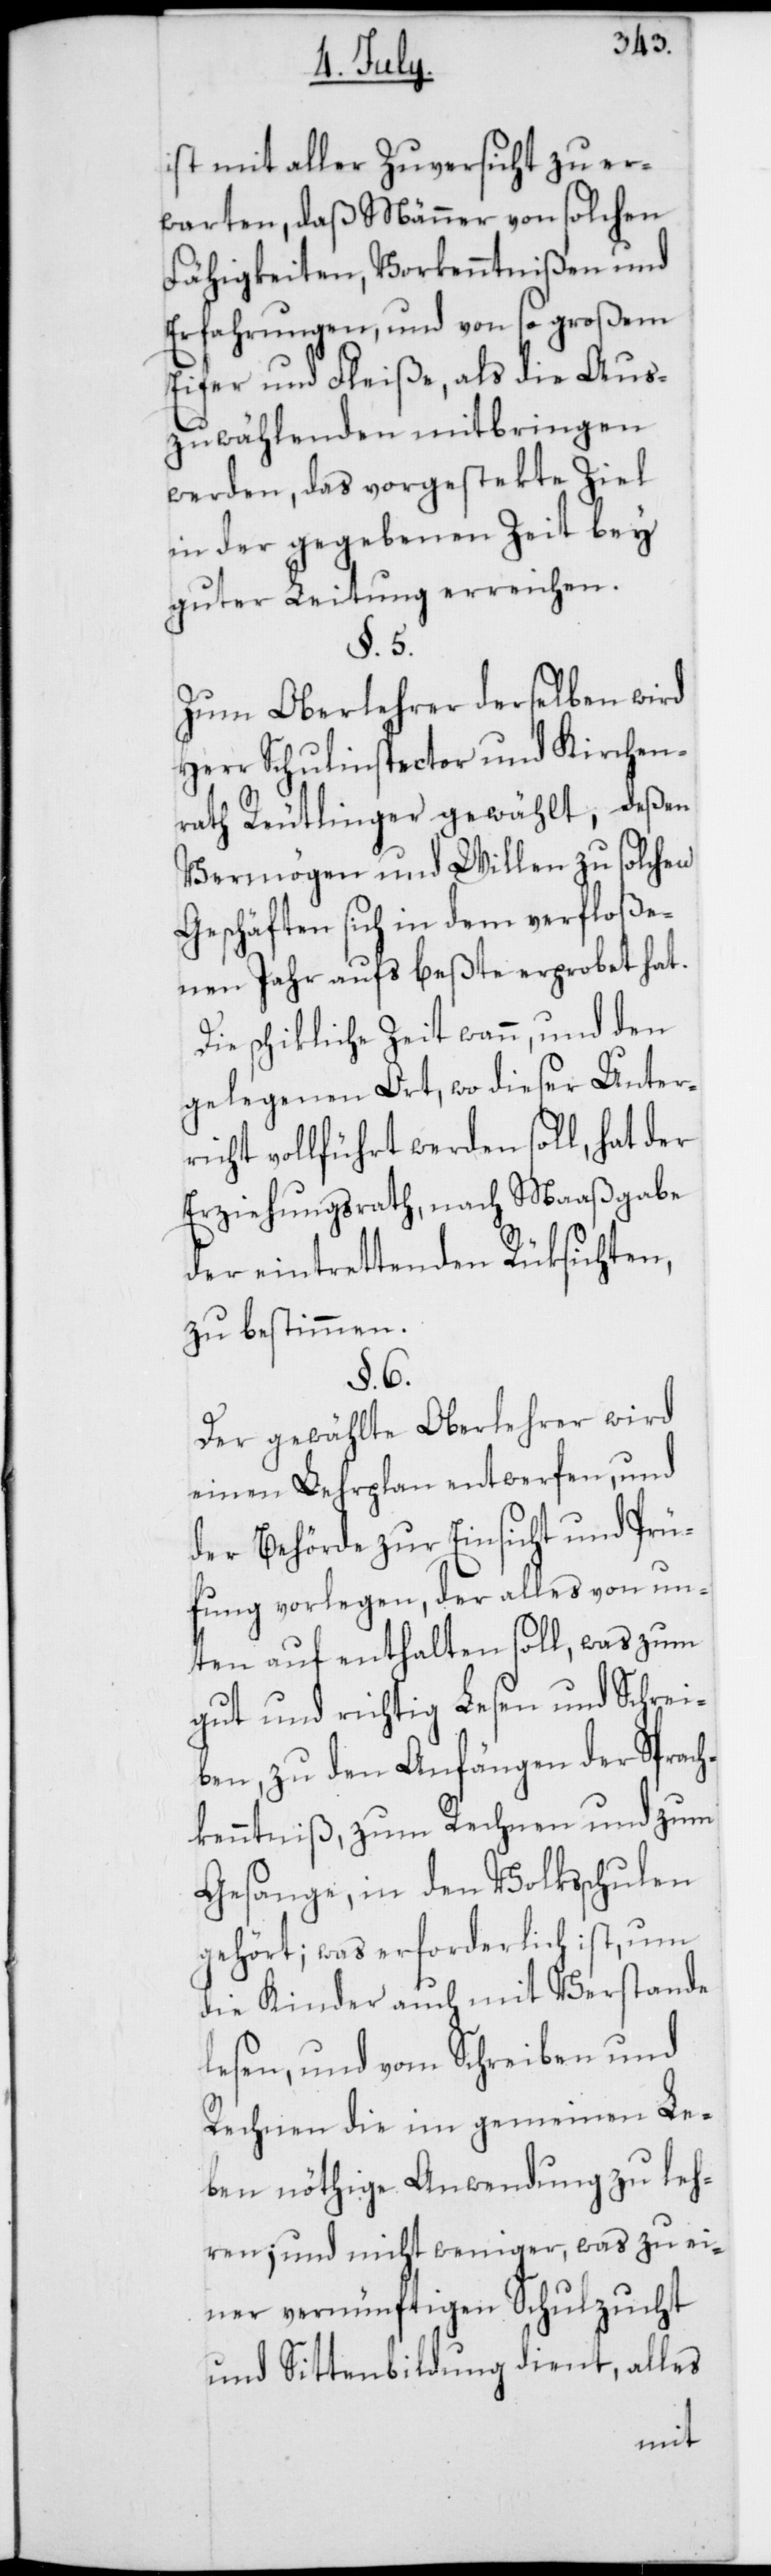
ist mit aller Zuversicht zu er¬
warten, daß Männer von solchen
Fähigkeiten, Vorkenntnißen und
Erfahrungen, und von so großem
Eifer und Fleiße, als die Aus¬
zuwählenden mitbringen
werden, das vorgestekte Ziel
in der gegebenen Zeit bey
guter Leitung erreichen.
§. 5.
Zum Oberlehrer derselben wird
Herr Schulinspector und Kirchen¬
rath Reutlinger gewählt, deßen
Vermögen und Willen zu solchen
Geschäften sich in dem verfloße¬
nen Jahr aufs beßte erprobet hat.
Die schikliche Zeit wann, und den
gelegenen Ort, wo dieser Unter¬
richt vollführt werden soll, hat der
Erziehungsrath, nach Maaßgabe
der eintrettenden Rüksichten,
zu bestimmen.
§. 6.
Der gewählte Oberlehrer wird
einen Lehrplan entwerfen und
der Behörde zur Einsicht und Prü¬
fung vorlegen, der alles von un¬
ten auf enthalten soll, was zum
gut und richtig Lesen und Schrei¬
ben, zu den Anfängen der Sprach¬
kenntniß, zum Rechnen und zum
Gesange, in den Volksschulen
gehört; was erforderlich ist, um
die Kinder auch mit Verstande
lesen, und von Schreiben und
Rechnen die im gemeinen Le¬
ben nöthige Anwendung zu leh¬
ren; und nicht weniger, was zu ei¬
ner vernünftigen Schulzucht
und Sittenbildung dient, alles